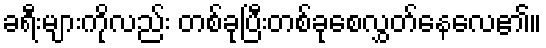
ခရီးများကိုလည်း တစ်ခုပြီးတစ်ခုစေလွှတ်နေလေ၏။